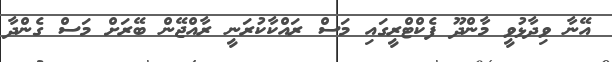
އޭނާ ވިދާޅުވީ މާންދޫ ފެކްޓްރީގައި މަސް ރައްކާކުރަނީ ރާއްޖޭން ބޭރަށް މަސް ގެންދާ